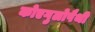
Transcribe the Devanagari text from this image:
कोएगुलोपैथी